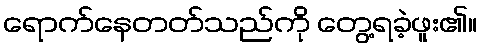
ရောက်နေတတ်သည်ကို တွေ့ရခဲ့ဖူး၏။